Vabadussoja_Ajaloo_Komitee, lk 198
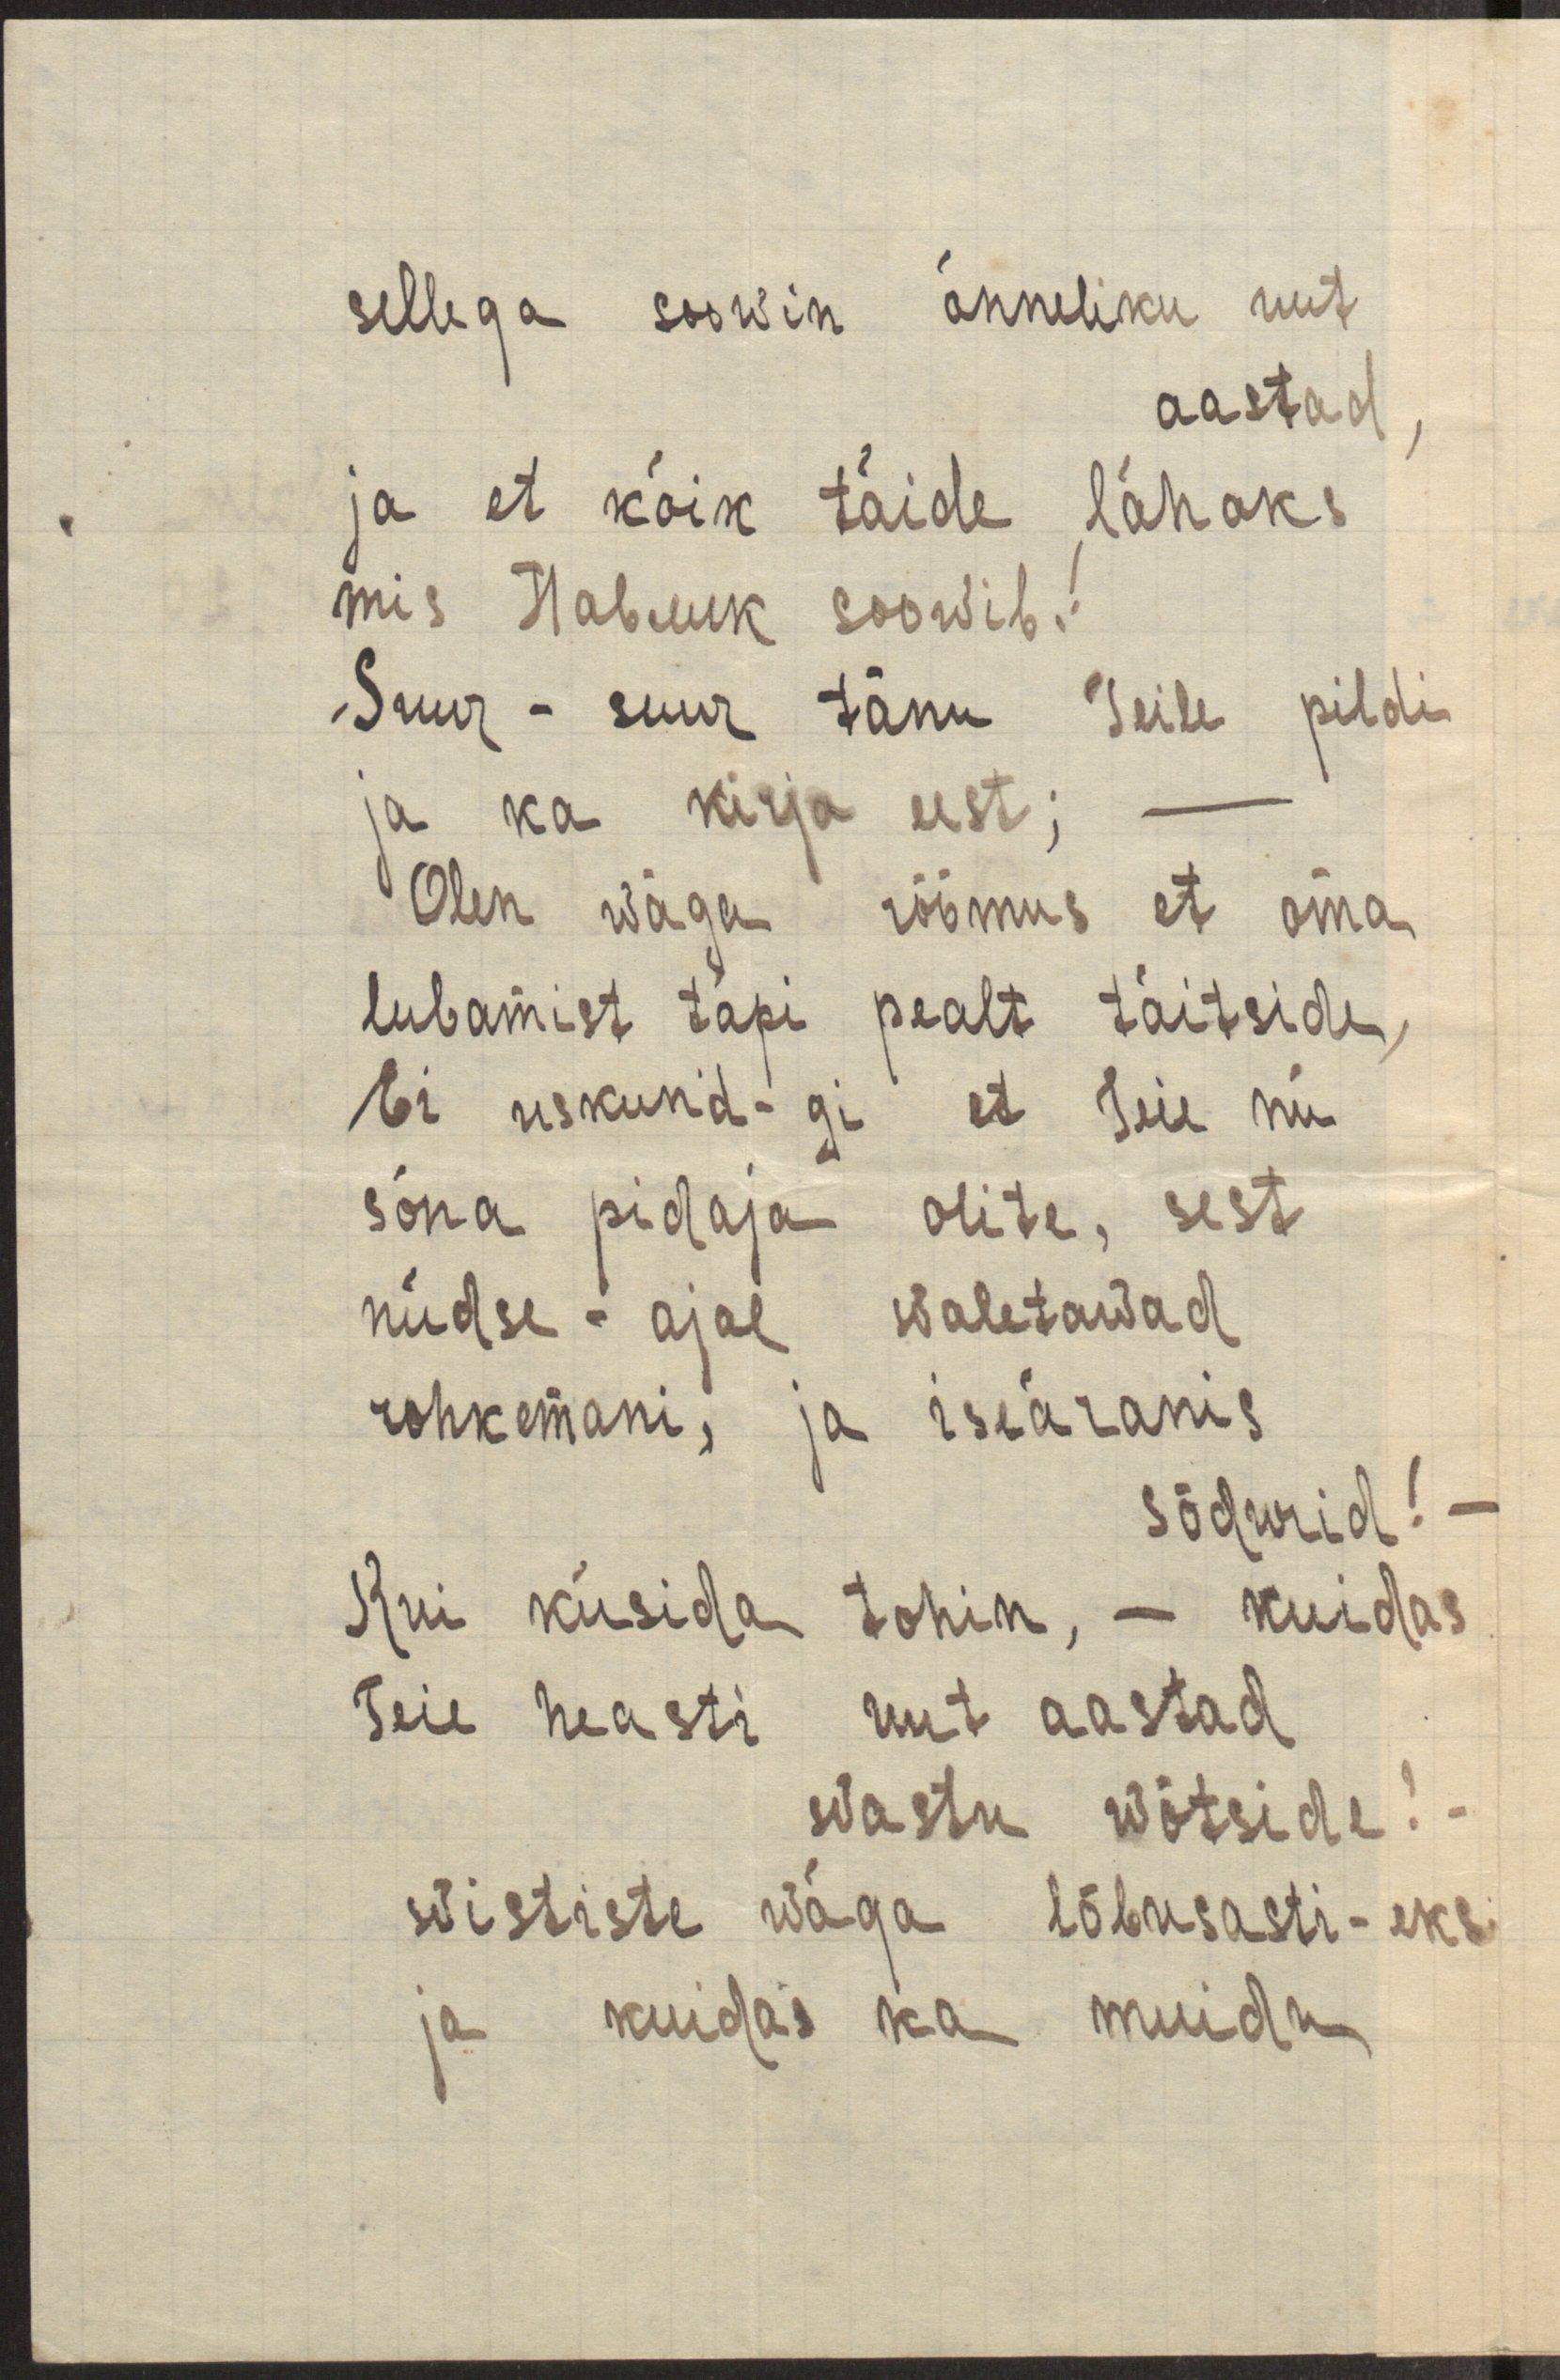
sellega soowin õnneliku uut
aastad,
ja et kõik täide lähaks
mis Павлик soowib.!
Suur - suur tänu Teile pildi
ja ka kirja eest; -
Olen wäga rõõmus et oma
lubamist täpi pealt täitside,
Ei uskund-gi et Teie nii
sõna pidaja olite, sest
nüdse - ajal waletawad
rohkemani, ja iseäranis
sõdurid! -
Kui küsida tohin, - kuidas
Teie heasti uut aastad
wastu wõtside? -
wististe wäga lõbusasti - eks
ja kuidas ka muidu